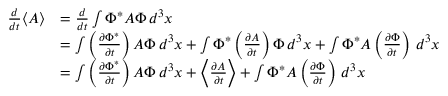
{ \begin{array} { r l } { { \frac { d } { d t } } \langle A \rangle } & { = { \frac { d } { d t } } \int \Phi ^ { * } A \Phi \, d ^ { 3 } x } \\ & { = \int \left( { \frac { \partial \Phi ^ { * } } { \partial t } } \right) A \Phi \, d ^ { 3 } x + \int \Phi ^ { * } \left( { \frac { \partial A } { \partial t } } \right) \Phi \, d ^ { 3 } x + \int \Phi ^ { * } A \left( { \frac { \partial \Phi } { \partial t } } \right) \, d ^ { 3 } x } \\ & { = \int \left( { \frac { \partial \Phi ^ { * } } { \partial t } } \right) A \Phi \, d ^ { 3 } x + \left\langle { \frac { \partial A } { \partial t } } \right\rangle + \int \Phi ^ { * } A \left( { \frac { \partial \Phi } { \partial t } } \right) \, d ^ { 3 } x } \end{array} }